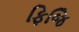
ફિજિ